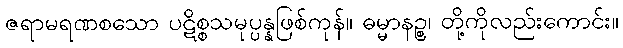
ဇရာမရဏစသော ပဋိစ္စသမုပ္ပန္နဖြစ်ကုန်။ ဓမ္မာနဉ္စ၊ တို့ကိုလည်းကောင်း။